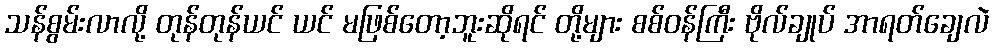
သန်စွမ်းလာလို့ တုန်တုန်ယင် ယင် မဖြစ်တော့ဘူးဆိုရင် တို့များ စစ်ဝန်ကြီး ဗိုလ်ချုပ် အာရတ်ချေလဲ